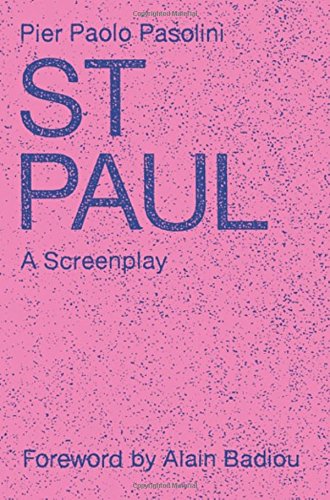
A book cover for Saint Paul: A Screenplay; Pier Paolo Pasolini; Humor & Entertainment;